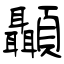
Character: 顳